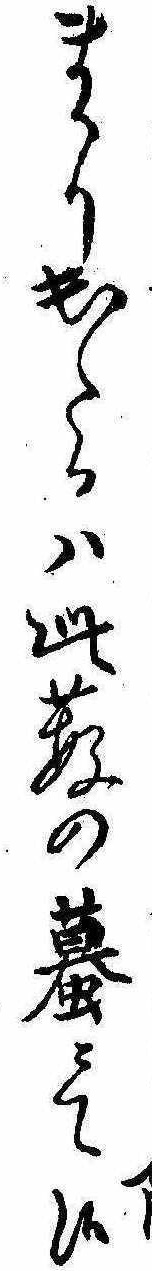
まかり出たるは此薮の蟇にて候